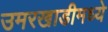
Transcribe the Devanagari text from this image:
उमरखाडीमध्ये